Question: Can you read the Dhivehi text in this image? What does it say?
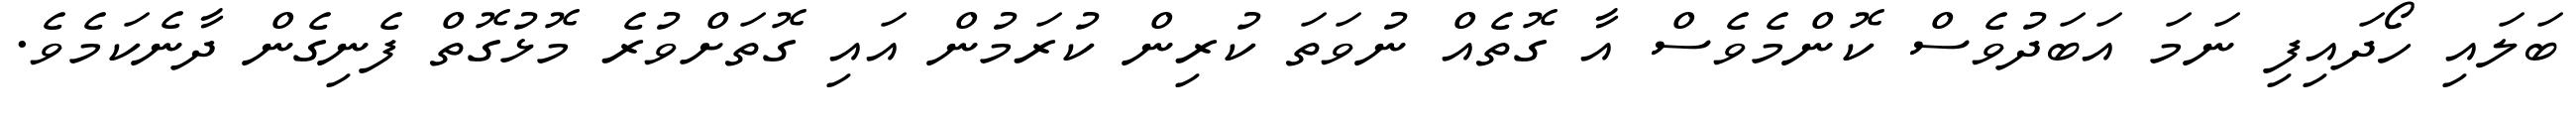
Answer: ބަލައި ހޯދައިފި ނަމަ އަބަދުވެސް ކޮންމެވެސް އާ ގޮތެއް ނުވަތަ ކުރިން ކުރަމުން އައި ގޮތަށްވުރެ މޮޅުގޮތް ފެނިގެން ދާނެކަމެވެ.